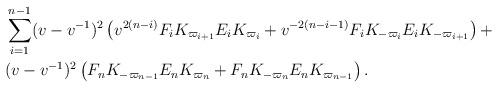
LaTeX: \begin{align*} & \sum_{i=1}^{n-1} (v-v^{-1})^2\left(v^{2(n-i)}F_iK_{\varpi_{i+1}}E_iK_{\varpi_i}+ v^{-2(n-i-1)}F_iK_{-\varpi_i}E_iK_{-\varpi_{i+1}}\right)+\\ & (v-v^{-1})^2\left(F_nK_{-\varpi_{n-1}}E_nK_{\varpi_n}+F_nK_{-\varpi_n}E_nK_{\varpi_{n-1}}\right).\end{align*}